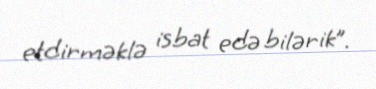
etdirməklə isbat edə bilərik”.